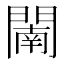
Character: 𨵴